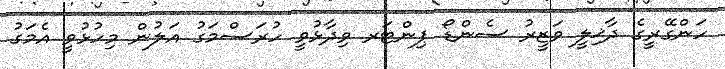
ހަންގޭރީގެ ދާޚިލީ ވަޒީރު ސެންޑޯ ޕިންޓަރ ވިދާޅުވީ ހުރަސްމަގު އަލުން މިހުޅުވީ އެމަގު